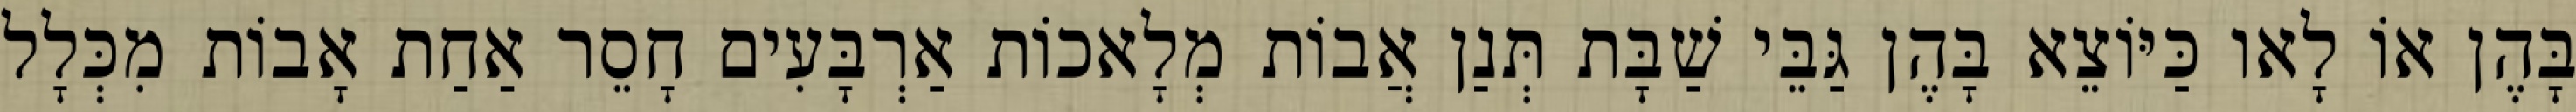
בָּהֶן אוֹ לָאו כַּיּוֹצֵא בָּהֶן גַּבֵּי שַׁבָּת תְּנַן אֲבוֹת מְלָאכוֹת אַרְבָּעִים חָסֵר אַחַת אָבוֹת מִכְּלָל